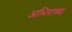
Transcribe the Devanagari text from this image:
आभिरांच्या